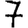
Digit: 7